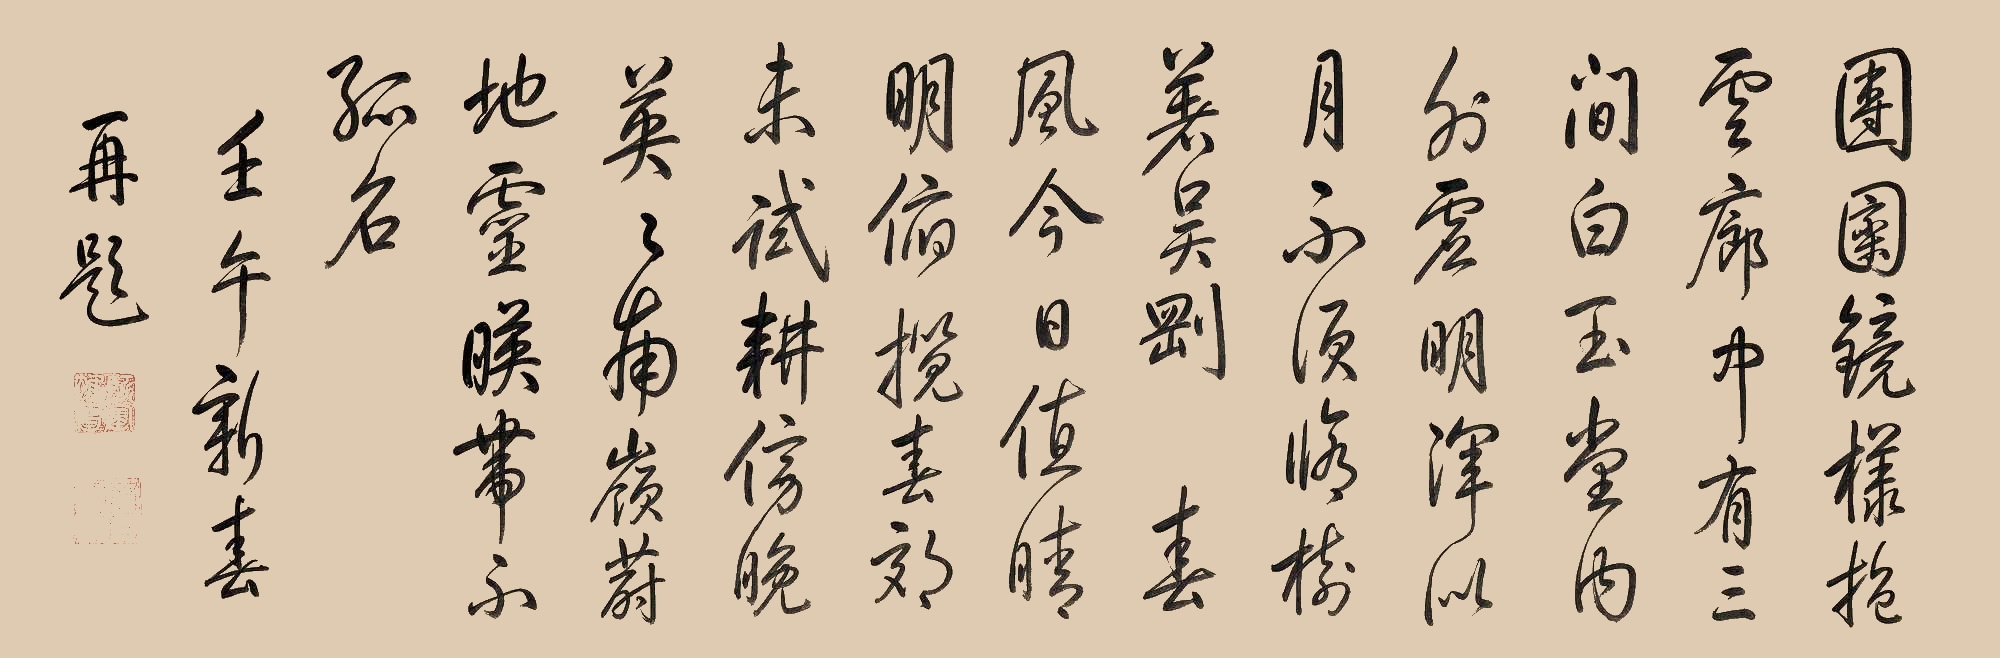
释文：团圝镜样抱云廊，中有三间白玉堂。内外虚明浑似月，不须修树著吴刚。春风今日值晴明，俯揽春郊未试耕。傍晚英英南岭蔚，地灵暎带不孤名。壬午新春再题。